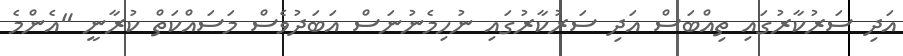
އަދި ސަރުކާރުގައި ތިއްބަސް އަދި ސަރުކާރުގައި ނުހިމެނުނަސް އަބަދުވެސް މަސައްކަތް ކުރާނީ "އެންމެ